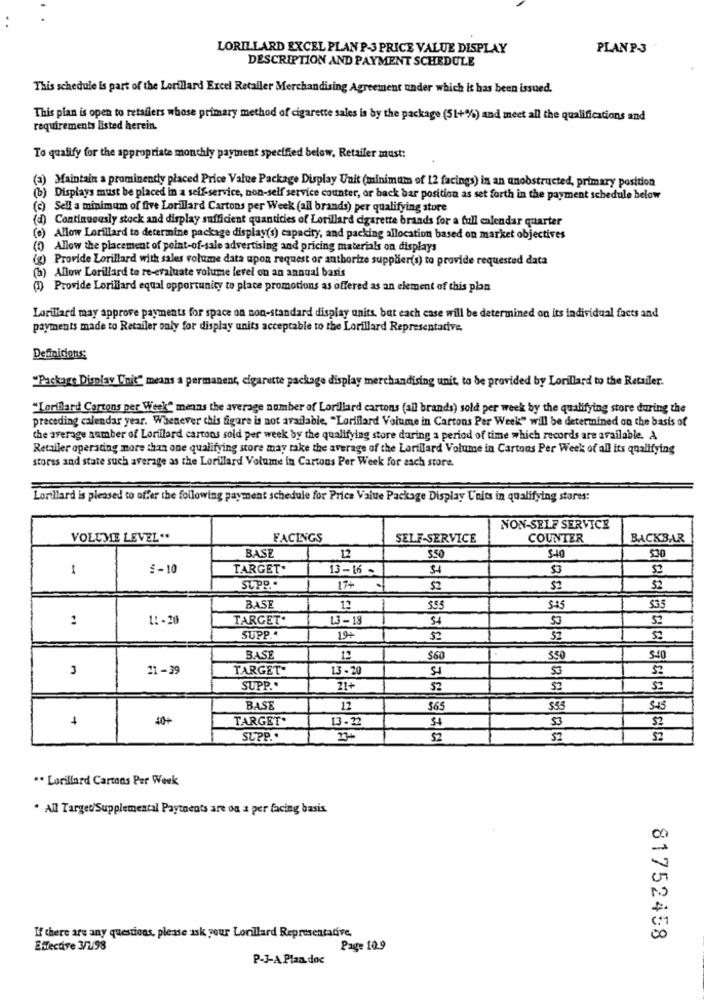
LORILLARD EXCEL PLAN P-3 PRICE VALUE DISPLAY
PLANP-3
DESCRIPTION AND PAYMENT SCHEDULE
This schedule is part of the Lorillard Excel Retailer Merchandising Agreement under which it has been issued.
This plan is open to retailers whose primary method of cigarette sales is by the package (51+%) and meet all the qualifications and
requirements listed herein.
To qualify for the appropriate monthly payment specified below, Retailer must:
(a) Maintain a prominentty placed Price Value Package Display Unit (minimum of 12 facings) in an anobstructed, primary position
(b) Displays must be placed in a self-service, non-self service counter, or back bar position as set forth in the payment schedule below
(c) Sell a minimum of five Lorillard Cartons per Week (all brands) per qualifying store
(d) Continuously stock and display sufficient quantities of Lorillard cigarette brands for a full calendar quarter
(e) Allow Lorillard to determine package display(s) capacity, and packing allocation based on market objectives
Allow the placement of point-of-sale advertising and pricing materials on displays
(x) Provide Lorillard with sales volume data upon request or authorize supplier(s) to provide requested data
(b) Allow Lorillard to re-evaluate volume level on an annual basis
(1) Provide Lorillard equal opportunity to place promotions as offered as an element of this plan
Lorillard may approve payments for space on non-standard display units, bat each case will be determined on its individual facts and
payments made to Retailer only for display units acceptable to the Lorillard Representative.
Definitions
"Package Display Unit" means a permanent, cigarette package display merchandising unit, to be provided by Lorillard to the Retailer.
"Lorillard Cartons per Week" means the average number of Lordlard cartons (all brands) sold per week by the qualifying store during the
preceding calendar year. Whenever chis figure is not available, "Lorillard Volume in Cartons Per Week" wil be determined on the basis of
the average number of Lorillard cartons sold per week by the qualifying store during a period of time which records are available. A
Retailer operating more than one qualifying store may take the average of the Lorillard Volume in Cartons Per Week of all its qualifying
stores and state such average as the Lorillard Volume in Cartons Per Week for each store.
Lorillard is pleased to offer the following payment schedule for Price Value Package Display Units in qualifying stores:
NON-SELF SERVICE
VOLUME LEVEL ..
FACINGS
SELF-SERVICE
COUNTER
BACKBAR
BASE
12
350
540
530
1
5 -10
TARGET.
13-16 -
$4
53
supp ..
17+
5?
52
BASE
12
555
$45
$35
11 -20
TARGET.
13-13
5?
SUPP ..
19+
52
53
BASE
12
$60
550
5-40
3
11-39
TARGET"
13 - 20
5?
SUPP ..
21+
52
53
BASE
12
$65
555
S45
40+
TARGET*
13 -22
53
52
SUPP ..
234
$2
". Lorillard Cartons Per Week
. All Target/Supplemental Payments are ou a per facing basis.
00
If there are any questions, please ask your Lorillard Representative.
00
81752458
Effective 3/198
Page 10.9
P-3-A Plan. doc